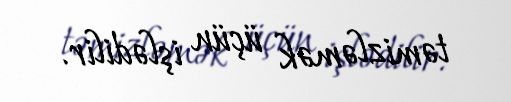
təmizləmək üçün işlədilir.